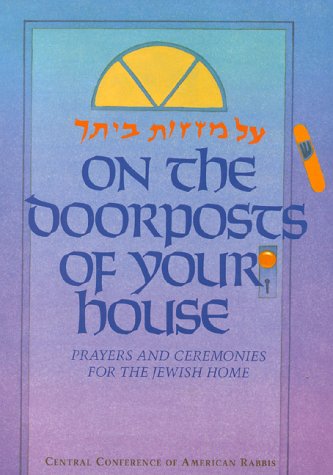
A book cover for On the Doorposts of Your House: Al Mezuzot Beitecha Prayers and Ceremonies for the Jewish Home (English and Hebrew Edition); Chaim Stern; Religion & Spirituality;